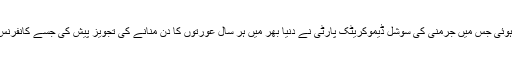
1910 میں کوپن ہیگن میں ملازمت پیشہ خواتین کی دوسری عالمی کانفرنس ہوئی جس میں جرمنی کی سوشل ڈیموکریٹک پارٹی نے دنیا بھر میں ہر سال عورتوں کا دن منانے کی تجویز پیش کی جسے کانفرنس میں شریک 17 ممالک کی 100 خواتین شرکا نے متفقہ طور پر منظور کیا۔